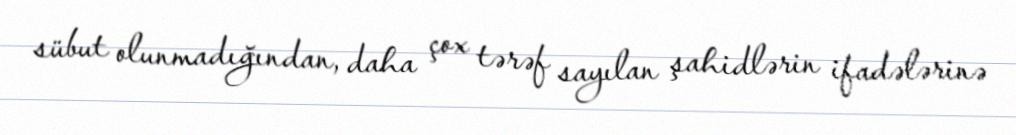
sübut olunmadığından, daha çox tərəf sayılan şahidlərin ifadələrinə